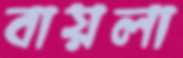
বায়লা